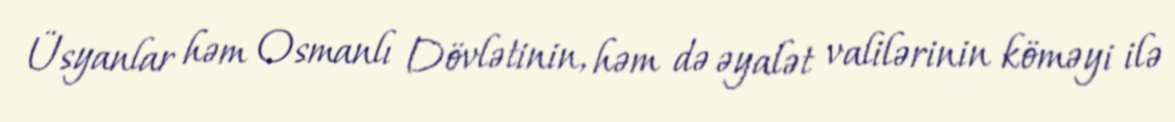
Üsyanlar həm Osmanlı Dövlətinin, həm də əyalət valilərinin köməyi ilə